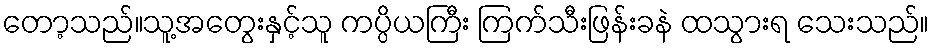
တော့သည်။သူ့အတွေးနှင့်သူ ကပ္ပိယကြီး ကြက်သီးဖြန်းခနဲ ထသွားရ သေးသည်။